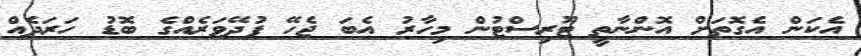
އެކަން އެގޮތަށް އޮންނާތީ ޓޫރިސްޓުން މިހާރު އެބަ ޖެހޭ ފުދޭވަރެއްގެ ބޮޑު ހަރަދެއް